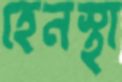
হেনস্থা